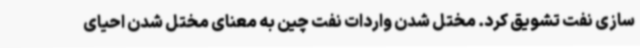
سازی نفت تشویق کرد. مختل شدن واردات نفت چین به معنای مختل شدن احیای